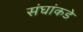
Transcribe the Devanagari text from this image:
संघांकडे